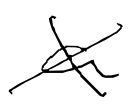
Text: a
Cross-out: cross
Writing tool: digital_black